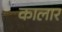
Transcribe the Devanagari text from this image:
कालार